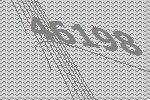
46198